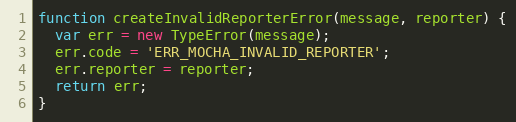
Language: JavaScript
function createInvalidReporterError(message, reporter) {
  var err = new TypeError(message);
  err.code = 'ERR_MOCHA_INVALID_REPORTER';
  err.reporter = reporter;
  return err;
}